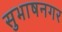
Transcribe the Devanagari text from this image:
सुभाषनगर